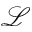
\mathcal { L }